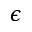
\epsilon